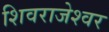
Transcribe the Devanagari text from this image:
शिवराजेश्वर